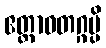
ဧတ္တာဝတဂ္ဂမ္ပိ